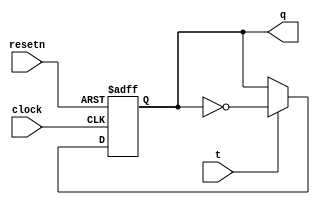
module tflipflop(clock, resetn, t, q);
	
	input clock, resetn, t;
	output reg q;
	
	always @(posedge clock, negedge resetn)
	begin
		if(!resetn)
			q <= 1'b0;
		else if (t)
			q <= ~q;
		
		else 
			q <= q;
	end 
endmodule

module lab5part1(SW, KEY, HEX0, HEX1);

	input [1:0] SW;
	input [1:0] KEY;
	output [6:0]HEX0;
	output [6:0]HEX1;
	wire [6:0] w;
	wire [7:0] s;
	
	assign w[0] = SW[1] & s[0];
	assign w[1] = w[0] & s[1];
	assign w[2] = w[1] & s[2];
	assign w[3] = w[2] & s[3];
	assign w[4] = w[3] & s[4];
	assign w[5] = w[4] & s[5];
	assign w[6] = w[5] & s[6];
	
	tflipflop u1 (.clock(KEY[0]), .resetn(SW[0]), .t(SW[1]), .q(s[0]));
	tflipflop u2 (.clock(KEY[0]), .resetn(SW[0]), .t(w[0]), .q(s[1]));	
	tflipflop u3 (.clock(KEY[0]), .resetn(SW[0]), .t(w[1]), .q(s[2]));
	tflipflop u4 (.clock(KEY[0]), .resetn(SW[0]), .t(w[2]), .q(s[3]));
	tflipflop u5 (.clock(KEY[0]), .resetn(SW[0]), .t(w[3]), .q(s[4]));
	tflipflop u6 (.clock(KEY[0]), .resetn(SW[0]), .t(w[4]), .q(s[5]));
	tflipflop u7 (.clock(KEY[0]), .resetn(SW[0]), .t(w[5]), .q(s[6]));
	tflipflop u8 (.clock(KEY[0]), .resetn(SW[0]), .t(w[6]), .q(s[7]));
	
	
	seven_segment s0(.data(s[3:0]),.result(HEX0));
	seven_segment s1(.data(s[7:4]),.result(HEX1));
	
	
endmodule




module seven_segment(data,result);
	input [3:0] data;
	output [6:0] result;

	assign result[0] = ~data[3] & ~data[2] & ~data[1] & data[0] | ~data[3] & data[2] & ~data[1] & ~data[0] | data[3] & ~data[2] & data[1] & data[0] | data[3] & data[2] & ~data[1] & data[0] ;

	assign result[1] = ~data[3] & data[2] & ~data[1] & data[0] | ~data[3] & data[2] & data[1] & ~data[0] | data[3] & ~data[2] & data[1] & data[0] | data[3] & data[2] & ~data[1] & ~data[0] | data[3] & data[2] & data[1] & ~data[0] | data[3] & data[2] & data[1] & data[0] ;

	assign result[2] = ~data[3] & ~data[2] & data[1] & ~data[0] | ~data[3] & data[2] & data[1] & data[0] | data[3] & data[2] & ~data[1] & ~data[0] | data[3] & data[2] & data[1] & ~data[0] | data[3] & data[2] & data[1] & data[0] ;

	assign result[3] = ~data[3] & ~data[2] & ~data[1] & data[0] | ~data[3] & data[2] & ~data[1] & data[0]  | ~data[3] & data[2] & data[1] & data[0] | data[3] & ~data[2] & data[1] & ~data[0] | data[3] & data[2] & data[1] & data[0] ;

	assign result[4] = ~data[3] & ~data[2] & ~data[1] & data[0] | ~data[3] & ~data[2] & data[1] & data[0] | ~data[3] & data[2] & ~data[1] & ~data[0] | ~data[3] & data[2] & ~data[1] & data[0] | ~data[3] & data[2] & data[1] & data[0] | data[3] & ~data[2] & ~data[1] & data[0] ;

	assign result[5] = ~data[3] & ~data[2] & ~data[1] & data[0] | ~data[3] & ~data[2] & data[1] & ~data[0] | ~data[3] & ~data[2] & data[1] & data[0] | ~data[3] & data[2] & data[1] & data[0] | data[3] & data[2] & ~data[1] & data[0] ;

	assign result[6] = ~data[3] & ~data[2] & ~data[1] & ~data[0] | ~data[3] & ~data[2] & ~data[1] & data[0] | ~data[3] & data[2] & data[1] & data[0] | data[3] & data[2] & ~data[1] & ~data[0] ;

endmodule